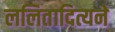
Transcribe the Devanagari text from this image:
ललितादित्यने